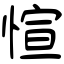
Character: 愃